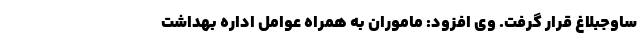
ساوجبلاغ قرار گرفت. وی افزود: ماموران به همراه عوامل اداره بهداشت